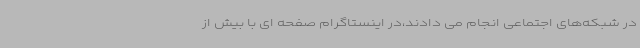
در شبکه‌های اجتماعی انجام می دادند،در اینستاگرام صفحه ای با بیش از